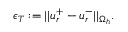
\epsilon _ { T } : = | | \boldsymbol { u } _ { r } ^ { + } - \boldsymbol { u } _ { r } ^ { - } | | _ { \Omega _ { h } } .